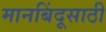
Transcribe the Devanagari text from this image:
मानबिंदूसाठी